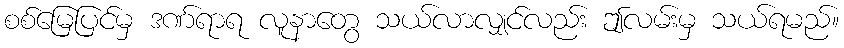
စစ်မြေပြင်မှ ဒဏ်ရာရ လူနာတွေ သယ်လာလျှင်လည်း ဤလမ်းမှ သယ်ရမည်။